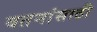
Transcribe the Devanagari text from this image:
वतनांसाठी